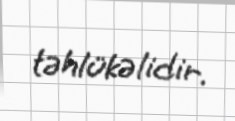
təhlükəlidir.